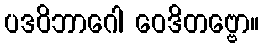
ပဒဝိဘာဂေါ ဝေဒိတဗ္ဗော။